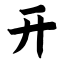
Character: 开